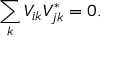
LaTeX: \sum _ { k } V _ { i k } V _ { j k } ^ { * } = 0 .